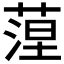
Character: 𦶄